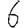
Digit: 6